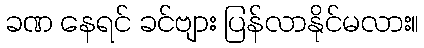
ခဏ နေရင် ခင်ဗျား ပြန်လာနိုင်မလား။